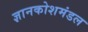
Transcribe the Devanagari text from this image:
ज्ञानकोशमंडल